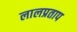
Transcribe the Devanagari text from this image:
लालप्रताप